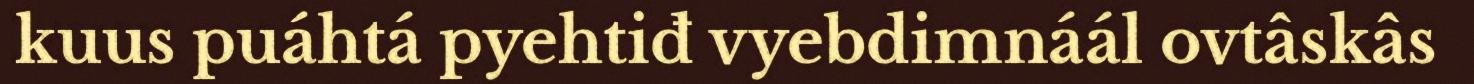
kuus puáhtá pyehtiđ vyebdimnáál ovtâskâs